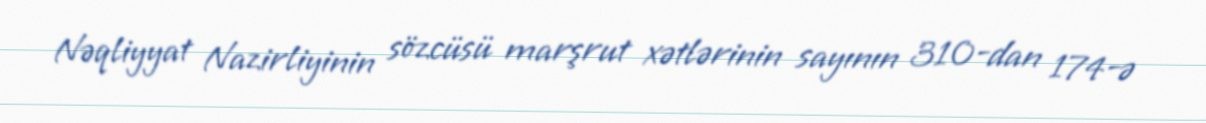
Nəqliyyat Nazirliyinin sözcüsü marşrut xətlərinin sayının 310-dan 174-ə